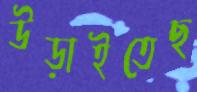
উড়াইতেছ